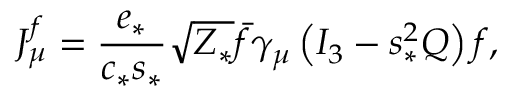
J _ { \mu } ^ { f } = { \frac { e _ { * } } { c _ { * } s _ { * } } } \sqrt { Z _ { * } } { \bar { f } } \gamma _ { \mu } \left( I _ { 3 } - s _ { * } ^ { 2 } Q \right) f ,